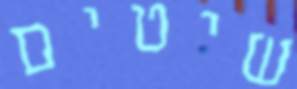
שיטים